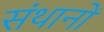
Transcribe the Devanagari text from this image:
संथानों